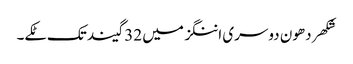
شکھر دھون دوسری اننگز میں 32 گیند تک ٹکے۔